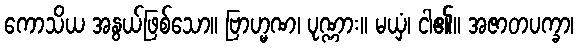
ကောသိယ အနွယ်ဖြစ်သော။ ဗြာဟ္မဏ၊ ပုဏ္ဏား။ မယှံ၊ ငါ၏။ အဇာတပက္ခာ၊